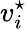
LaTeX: v_{i}^{\star}